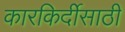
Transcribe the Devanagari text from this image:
कारकिर्दीसाठी